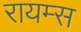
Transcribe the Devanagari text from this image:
रायम्स